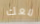
معك